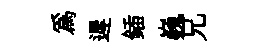
爲遲鍤巍兄